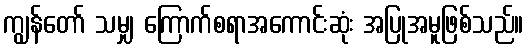
ကျွန်တော် သမျှ ကြောက်စရာအကောင်းဆုံး အပြုအမူဖြစ်သည်။